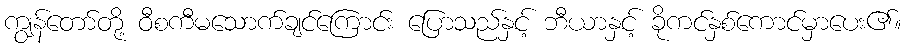
ကျွန်တော်တို့ ဝီစကီမသောက်ချင်ကြောင်း ပြောသည်နှင့် ဘီယာနှင့် ခိုကင်နှစ်ကောင်မှာပေး၏။